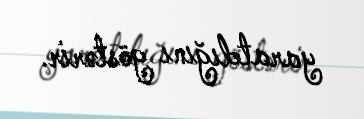
yaratdığını göstərir.